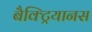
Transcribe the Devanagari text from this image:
बैक्ट्रियानस